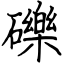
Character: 礫